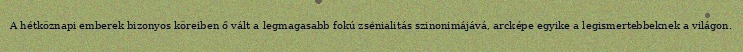
A hétköznapi emberek bizonyos köreiben ő vált a legmagasabb fokú zsenialitás szinonimájává, arcképe egyike a legismertebbeknek a világon.